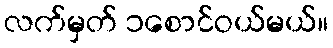
လက်မှတ် ၁စောင်ဝယ်မယ်။